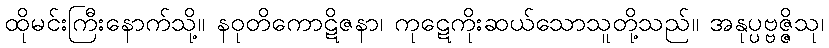
ထိုမင်းကြီးနောက်သို့။ နဝုတိကောဋိဇနာ၊ ကုဋေကိုးဆယ်သောသူတို့သည်။ အနုပ္ပဗ္ဗဇ္ဇိသု၊